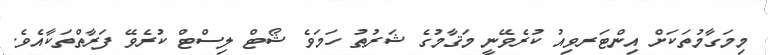
މިމަގާމުތަކަށް އިންޓަރވިއު ކުރެވޭނީ މަޤާމުގެ ޝަރުޠު ހަމަވެ ޝޯޓް ލިސްޓް ކުރެވޭ ފަރާތްތަކާއެވެ.